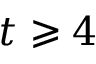
t \geqslant 4